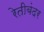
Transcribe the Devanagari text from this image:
रेतीबंदर